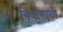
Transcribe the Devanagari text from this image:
नियोगाची